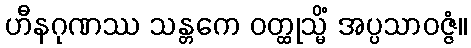
ဟီနဂုဏဿ သန္တကေ ဝတ္ထုသ္မိံ အပ္ပသာဝဇ္ဇံ။